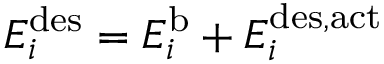
E _ { i } ^ { \mathrm { { d e s } } } = E _ { i } ^ { \mathrm { { b } } } + E _ { i } ^ { \mathrm { { d e s , a c t } } }